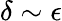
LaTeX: \delta\sim\epsilon